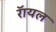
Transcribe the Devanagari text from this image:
रॅायल